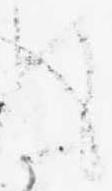
て